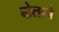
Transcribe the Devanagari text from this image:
बोलाने